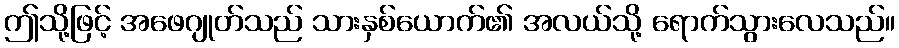
ဤသို့ဖြင့် အဖေဂျုတ်သည် သားနှစ်ယောက်၏ အလယ်သို့ ရောက်သွားလေသည်။